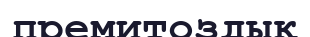
премитоздық